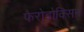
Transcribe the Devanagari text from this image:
फैरोडोक्सिन